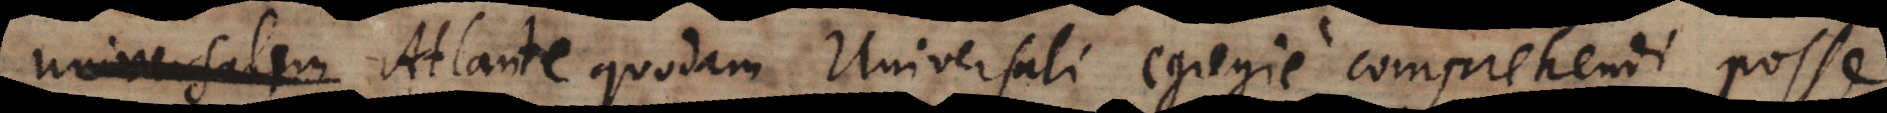
universalem Atlante quodam Universali egregie comprehendi posse.